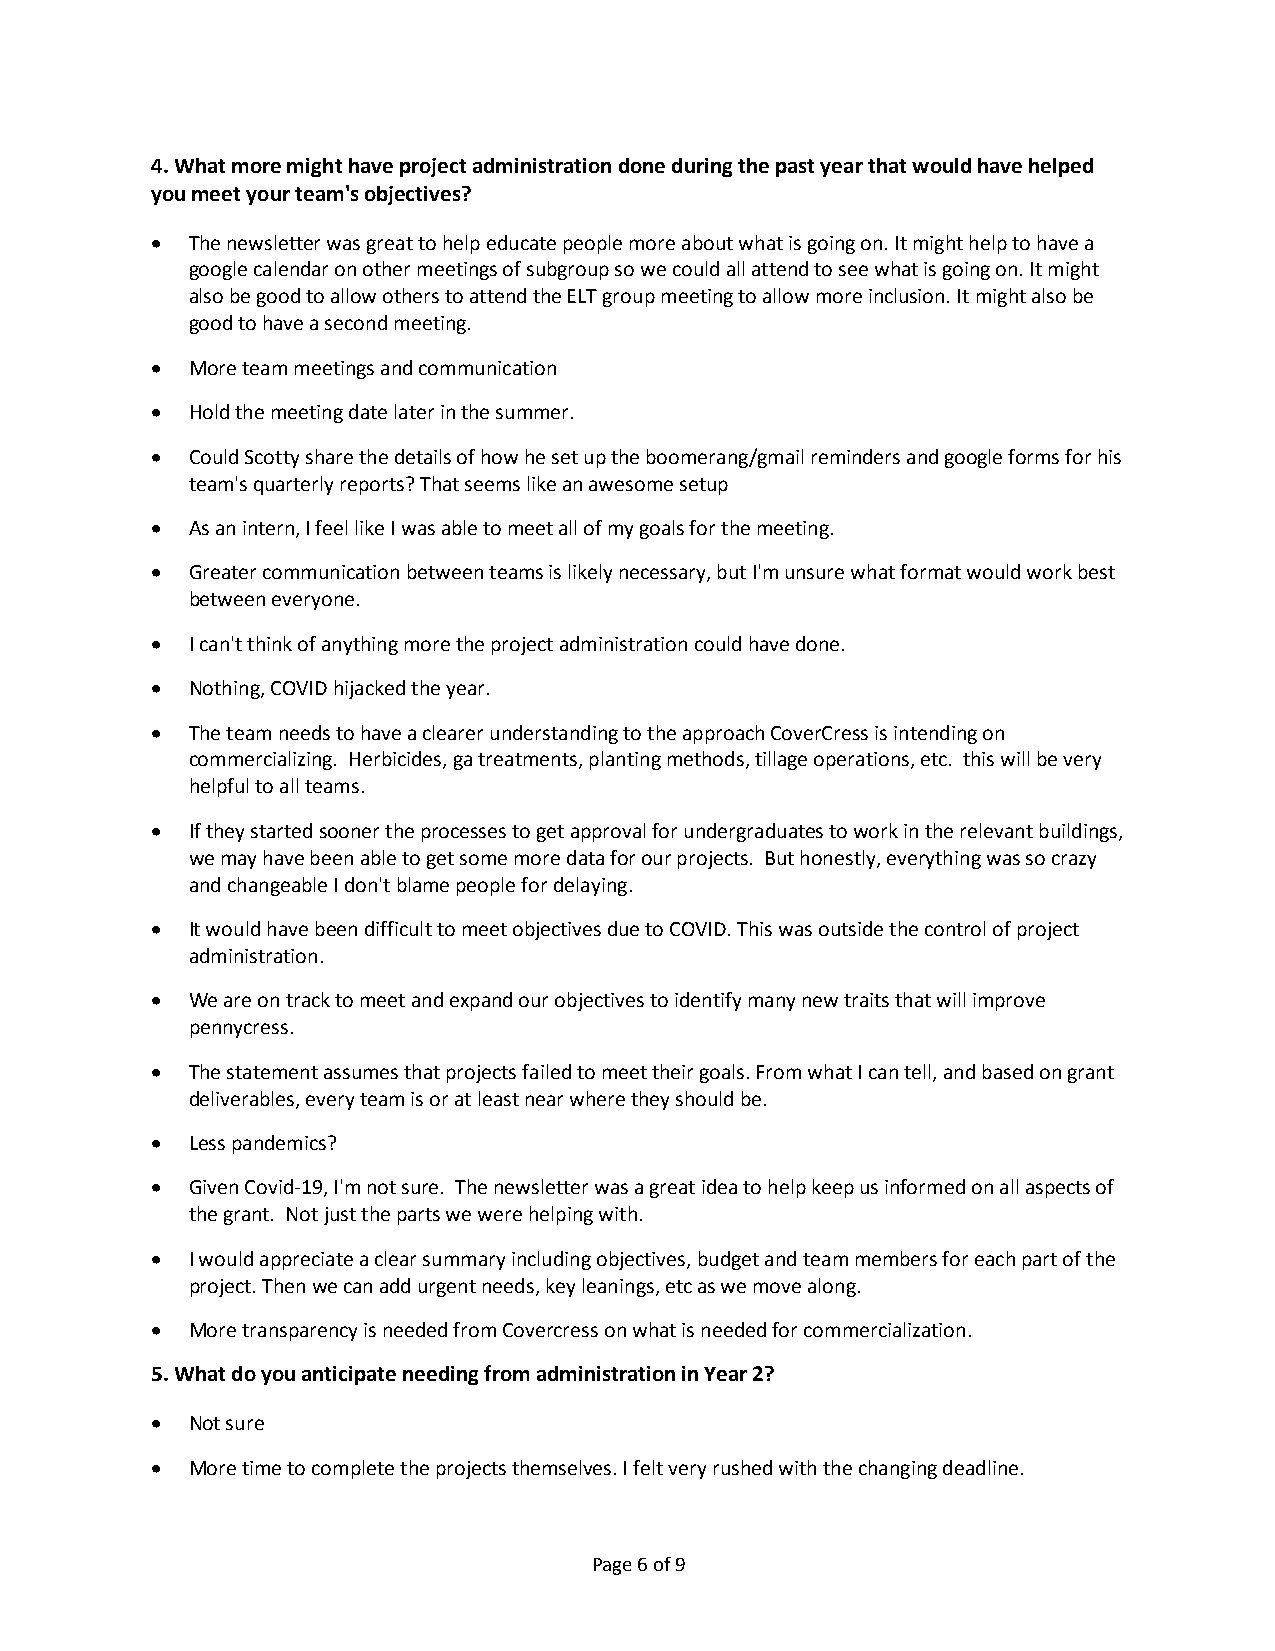
4. What more might have project administration done during the past year that would have helped
 you meet your team's objectives?
 • The newsletter was great to help educate people more about what is going on. It might help to have a
 google calendar on other meetings of subgroup so we could all attend to see what is going on. It might
 also be good to allow others to attend the ELT group meeting to allow more inclusion. It might also be
 good to have a second meeting.
 • More team meetings and communication
 • Hold the meeting date later in the summer.
 • Could Scotty share the details of how he set up the boomerang/gmail reminders and google forms for his
 team's quarterly reports? That seems like an awesome setup
 • As an intern, I feel like I was able to meet all of my goals for the meeting.
 • Greater communication between teams is likely necessary, but I'm unsure what format would work best
 between everyone.
 • I can't think of anything more the project administration could have done.
 • Nothing, COVID hijacked the year.
 • The team needs to have a clearer understanding to the approach CoverCress is intending on
 commercializing. Herbicides, ga treatments, planting methods, tillage operations, etc. this will be very
 helpful to all teams.
 • If they started sooner the processes to get approval for undergraduates to work in the relevant buildings,
 we may have been able to get some more data for our projects. But honestly, everything was so crazy
 and changeable I don't blame people for delaying.
 • It would have been difficult to meet objectives due to COVID. This was outside the control of project
 administration.
 • We are on track to meet and expand our objectives to identify many new traits that will improve
 pennycress.
 • The statement assumes that projects failed to meet their goals. From what I can tell, and based on grant
 deliverables, every team is or at least near where they should be.
 • Less pandemics?
 • Given Covid-19, I'm not sure. The newsletter was a great idea to help keep us informed on all aspects of
 the grant. Not just the parts we were helping with.
 • I would appreciate a clear summary including objectives, budget and team members for each part of the
 project. Then we can add urgent needs, key leanings, etc as we move along.
 • More transparency is needed from Covercress on what is needed for commercialization.
 5. What do you anticipate needing from administration in Year 2?
 • Not sure
 • More time to complete the projects themselves. I felt very rushed with the changing deadline.
 Page 6 of 9